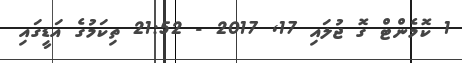
1 ކޮމެންޓް ގޮ ޖުލައި 17